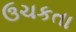
ઉચકતા